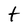
Character: t